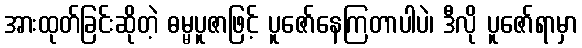
အားထုတ်ခြင်းဆိုတဲ့ ဓမ္မပူဇာဖြင့် ပူဇော်နေကြတာပါပဲ၊ ဒီလို ပူဇော်ရာမှာ